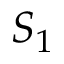
S _ { 1 }